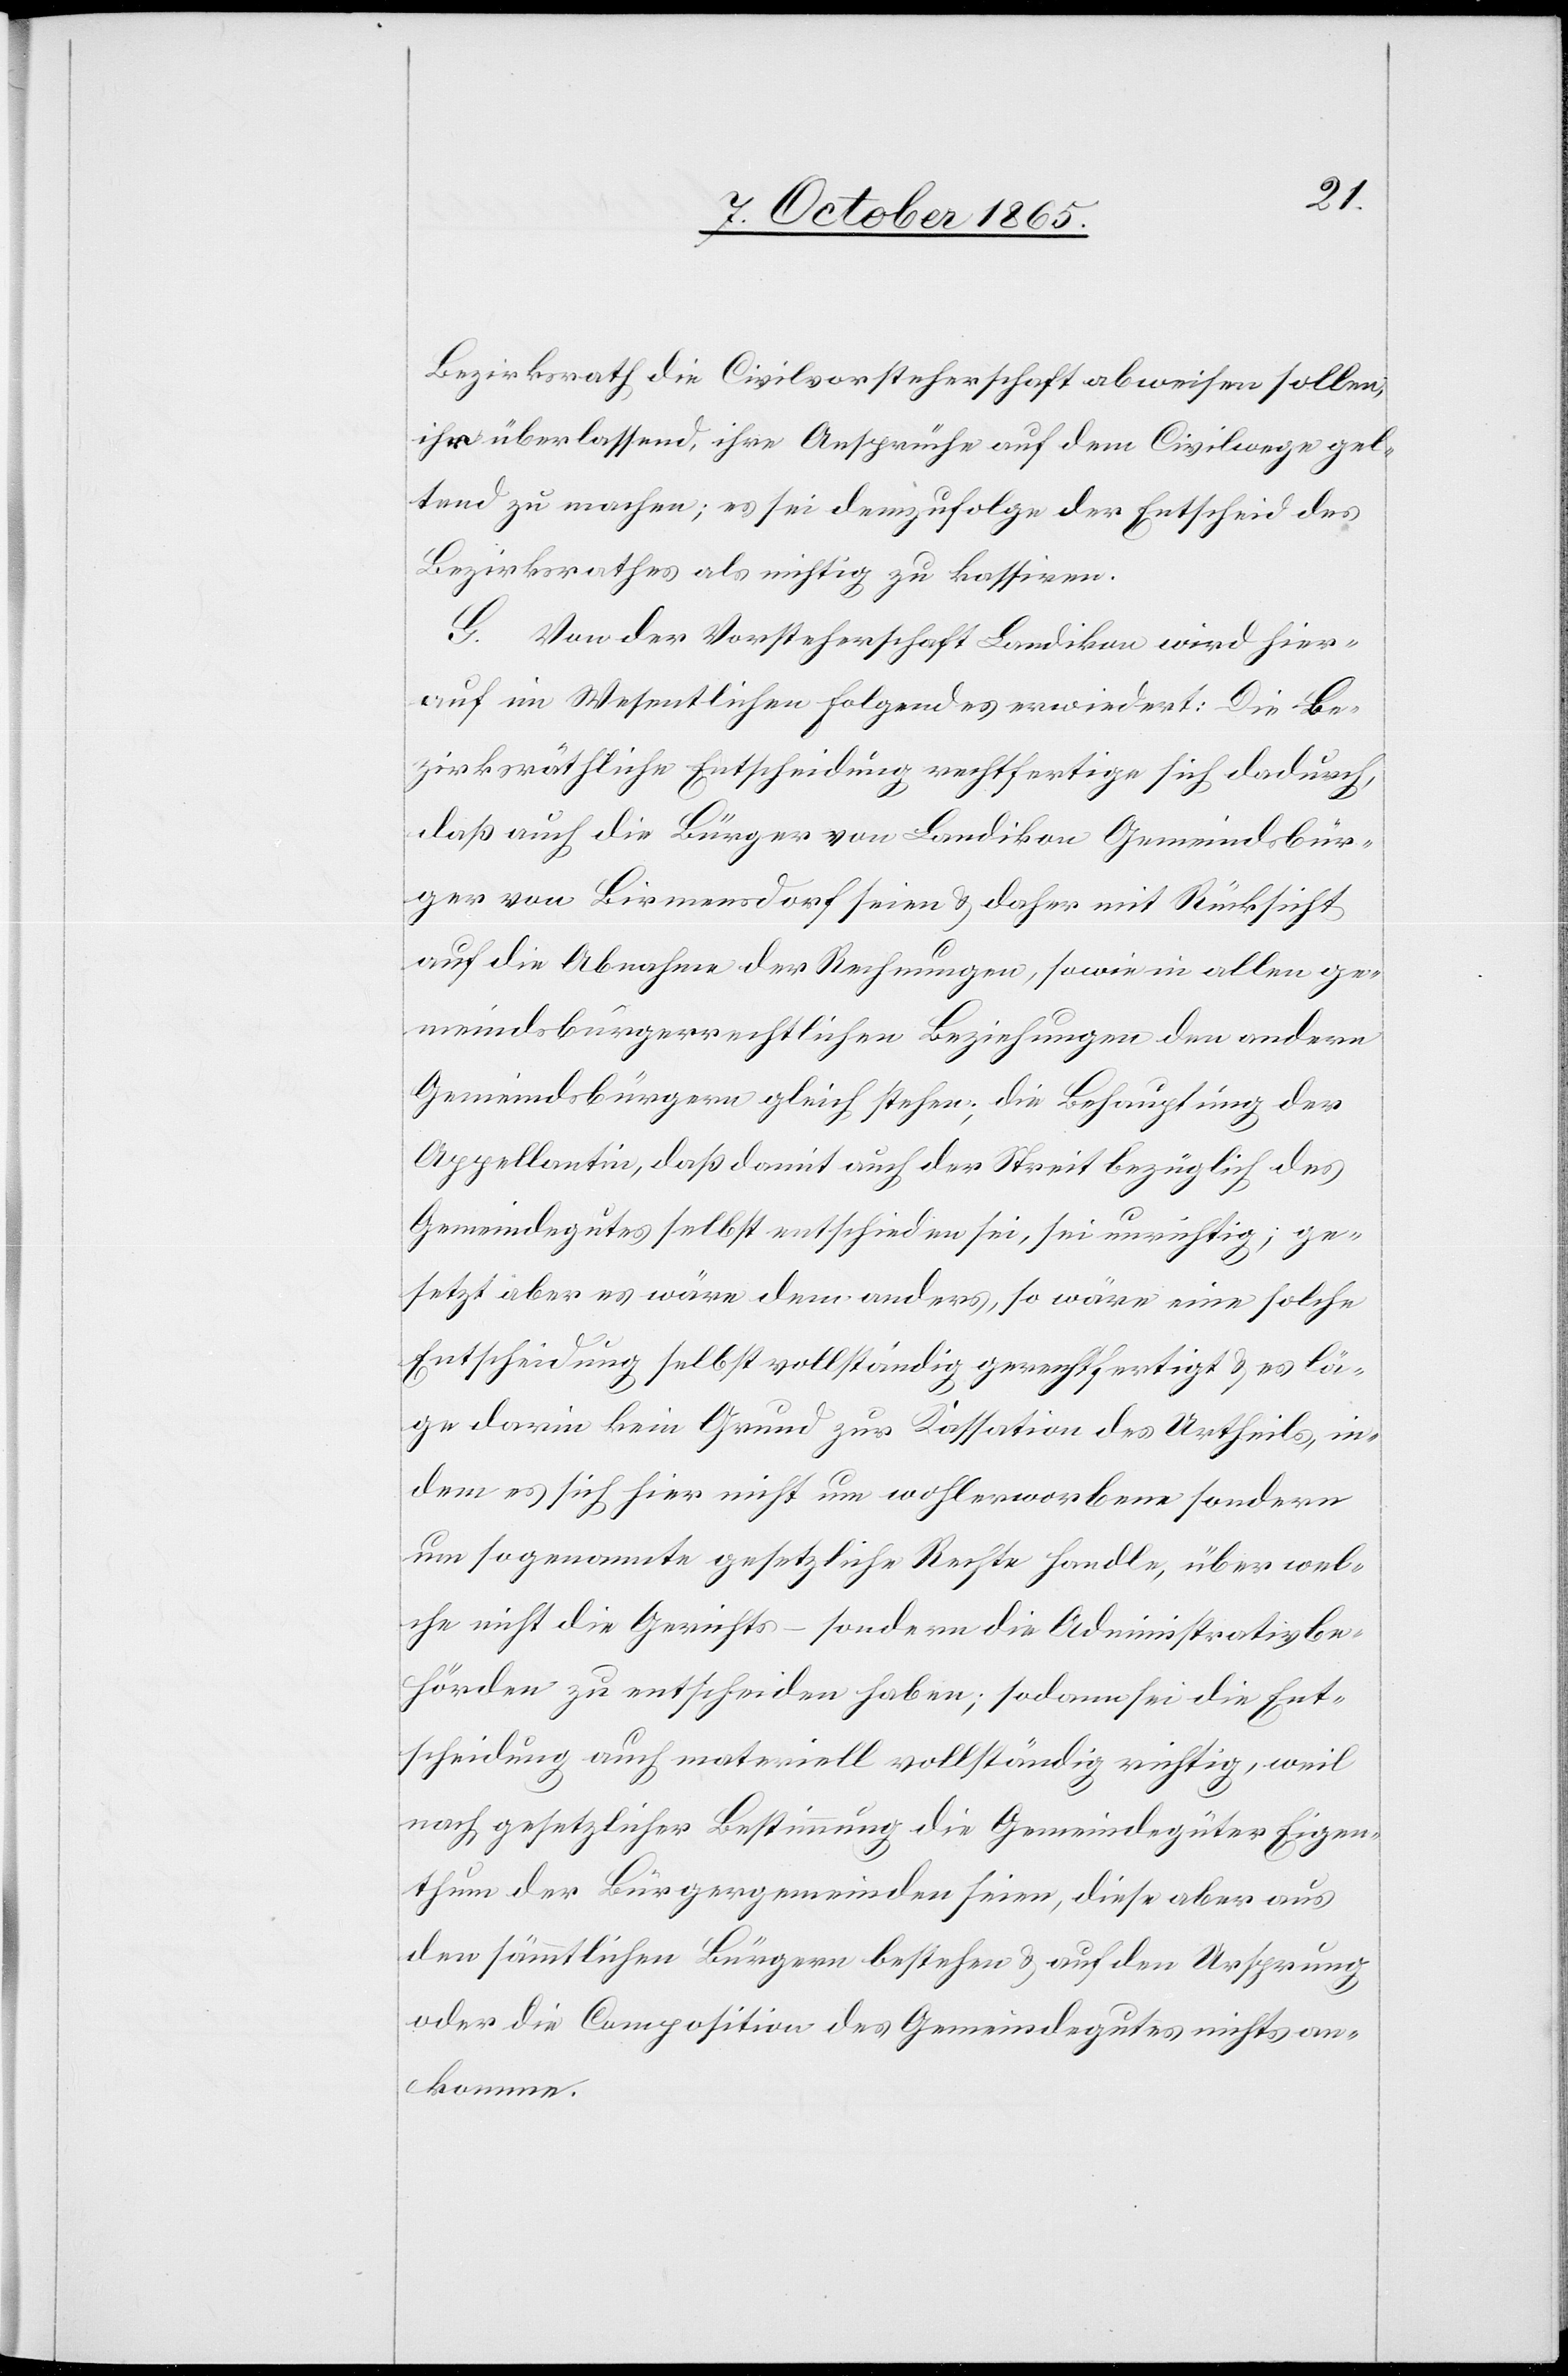
Bezirksrath die Civilvorsteherschaft abweisen sollen;
ihr überlassend, ihre Ansprüche auf dem Civilwege gel¬
tend zu machen; es sei demzufolge der Entscheid des
Bezirksrathes als nichtig zu kassiren.
G. Von der Vorsteherschaft Landikon wird hier¬
auf im Wesentlichen Folgendes erwiedert: Die be¬
zirksräthliche Entscheidung rechtfertige sich dadurch,
daß auch die Bürger von Landikon Gemeindsbür¬
ger von Birmensdorf seien & daher mit Rücksicht
auf die Abnahme der Rechnungen, sowie in allen ge¬
meindsbürgerrechtlichen Beziehungen den andern
Gemeindsbürgern gleich stehen; die Behauptung der
Appellantin, daß damit auch der Streit bezüglich des
Gemeindegutes selbst entschieden sei, sei unrichtig; ge¬
setzt aber es wäre dem anders, so wäre eine solche
Entscheidung selbst vollständig gerechtfertigt & es lä¬
ge darin kein Grund zur Kassation des Urtheils, in¬
dem es sich hier nicht um wohlerworbene sondern
um sogenannte gesetzliche Rechte handle, über wel¬
che nicht die Gerichts- sondern die Administrativbe¬
hörden zu entscheiden haben; sodann sei die Ent¬
scheidung auch materiell vollständig richtig, weil
nach gesetzlicher Bestimmung die Gemeindegüter Eigen¬
thum der Bürgergemeinden seien, diese aber aus
den sämmtlichen Bürgern bestehen & auf den Ursprung
oder die Composition des Gemeindegutes nichts an¬
komme.